画像に写った文字を読んでください
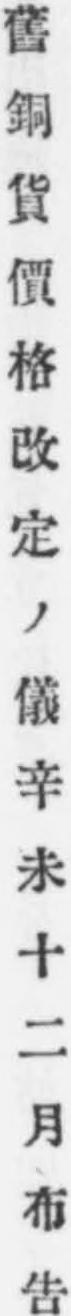
「舊銅貨價格改定ノ儀辛未十二月布吿」と書いてあります